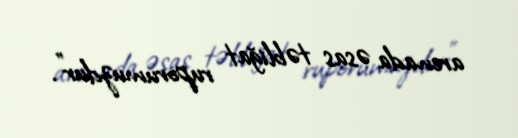
arenada əsas təbliğat ruporumuzdur".